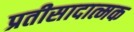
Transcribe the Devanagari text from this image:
प्रतीसादात्मक